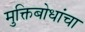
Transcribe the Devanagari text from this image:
मुक्तिबोधांचा